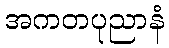
အကတပုညာနံ